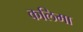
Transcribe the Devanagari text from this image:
कलिमा